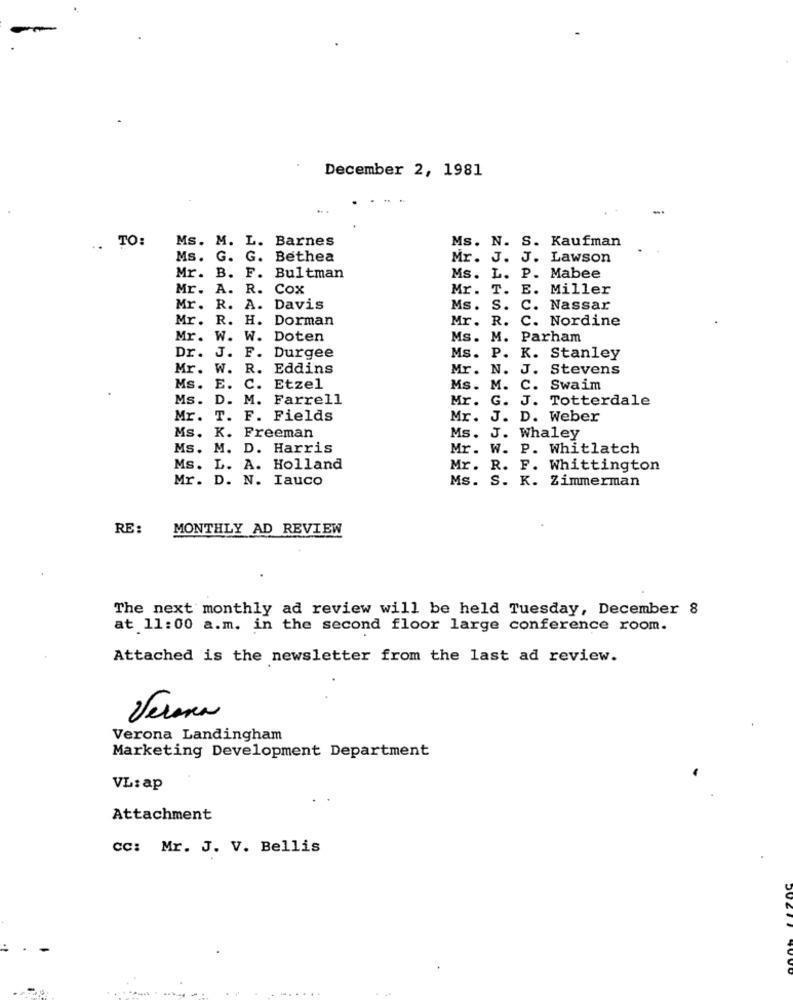
December 2, 1981
-.
.. TO:
Ms. M. L. Barnes
Ms. N. S. Kaufman
Ms. G. G. Bethea
Mr. J. J. Lawson
Mr. B. F. Bultman
Ms. L. P. Mabee
Mr. A. R. Cox
Mr.
T. E. Miller
Mr. R. A. Davis
Ms. S.
C. Nassar
Mr.
R. H. Dorman
Mr. R.
C. Nordine
Mr.
W.
W. Doten
Ms. M.
Parham
Dr. J. F. Durgee
Ms. P.
K. Stanley
Mr.
W.
R. Eddins
Mr. N.
J. Stevens
Ms.
E.
C. Etzel
Ms. M.
C. Swaim
Ms.
D.
M. Farrell
Mr.
G.
J. Totterdale
Mr. T. F. Fields
Mr.
J. D. Weber
Ms. K. Freeman
Ms. J. Whaley
Ms. M. D. Harris
Mr. W. P. Whitlatch
Ms. L. A. Holland
Mr. R. F. Whittington
Mr. D. N. Iauco
Ms. S. K. Zimmerman
RE:
MONTHLY AD REVIEW
The next monthly ad review will be held Tuesday, December 8
at 11:00 a.m. in the second floor large conference room.
Attached is the newsletter from the last ad review.
Verona
Verona Landingham
Marketing Development Department
VL: ap
Attachment
cc: Mr. J. V. Bellis